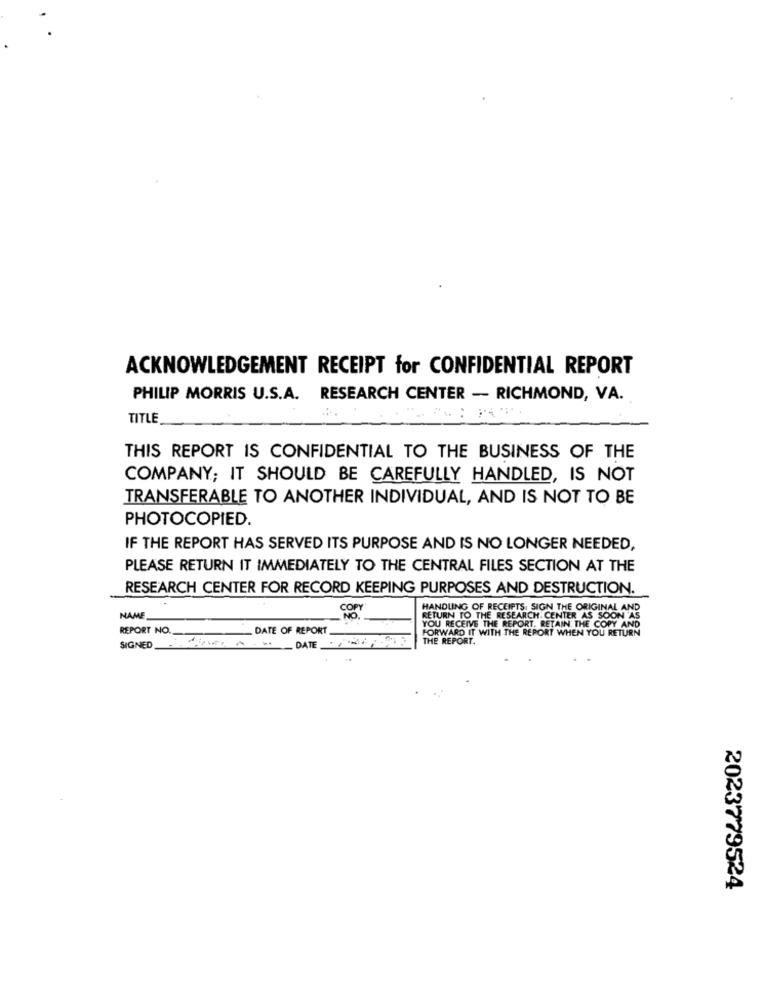
ACKNOWLEDGEMENT RECEIPT for CONFIDENTIAL REPORT
PHILIP MORRIS U.S.A. RESEARCH CENTER - RICHMOND, VA.
TITLE
THIS REPORT IS CONFIDENTIAL TO THE BUSINESS OF THE
COMPANY; IT SHOULD BE CAREFULLY HANDLED, IS NOT
TRANSFERABLE TO ANOTHER INDIVIDUAL, AND IS NOT TO BE
PHOTOCOPIED.
IF THE REPORT HAS SERVED ITS PURPOSE AND IS NO LONGER NEEDED,
PLEASE RETURN IT IMMEDIATELY TO THE CENTRAL FILES SECTION AT THE
RESEARCH CENTER FOR RECORD KEEPING PURPOSES AND DESTRUCTION.
82
HANDLING OF RECEIPTS: SIGN THE ORIGINAL AND
NAME
YOU RECEIVE THE REPORT. RETAIN THE COPY AND
RETURN TO THE RESEARCH CENTER AS SOON AS
REPORT NO.
DATE OF REPORT
FORWARD IT WITH THE REPORT WHEN YOU RETURN
THE REPORT.
SIGNED
2023779524